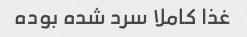
غذا کاملا سرد شده بوده